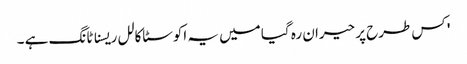
' کس طرح پر حیران رہ گیا میں یہ اکوسٹاکالل ریسناٹانگ ہے ۔